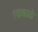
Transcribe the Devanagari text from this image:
त्याकाळे